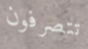
تتصرفون